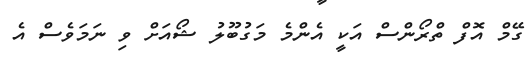
ގޭމް އޮފް ތްރޯންސް އަކީ އެންމެ މަގުބޫލު ޝޯއަށް ވި ނަމަވެސް އެ